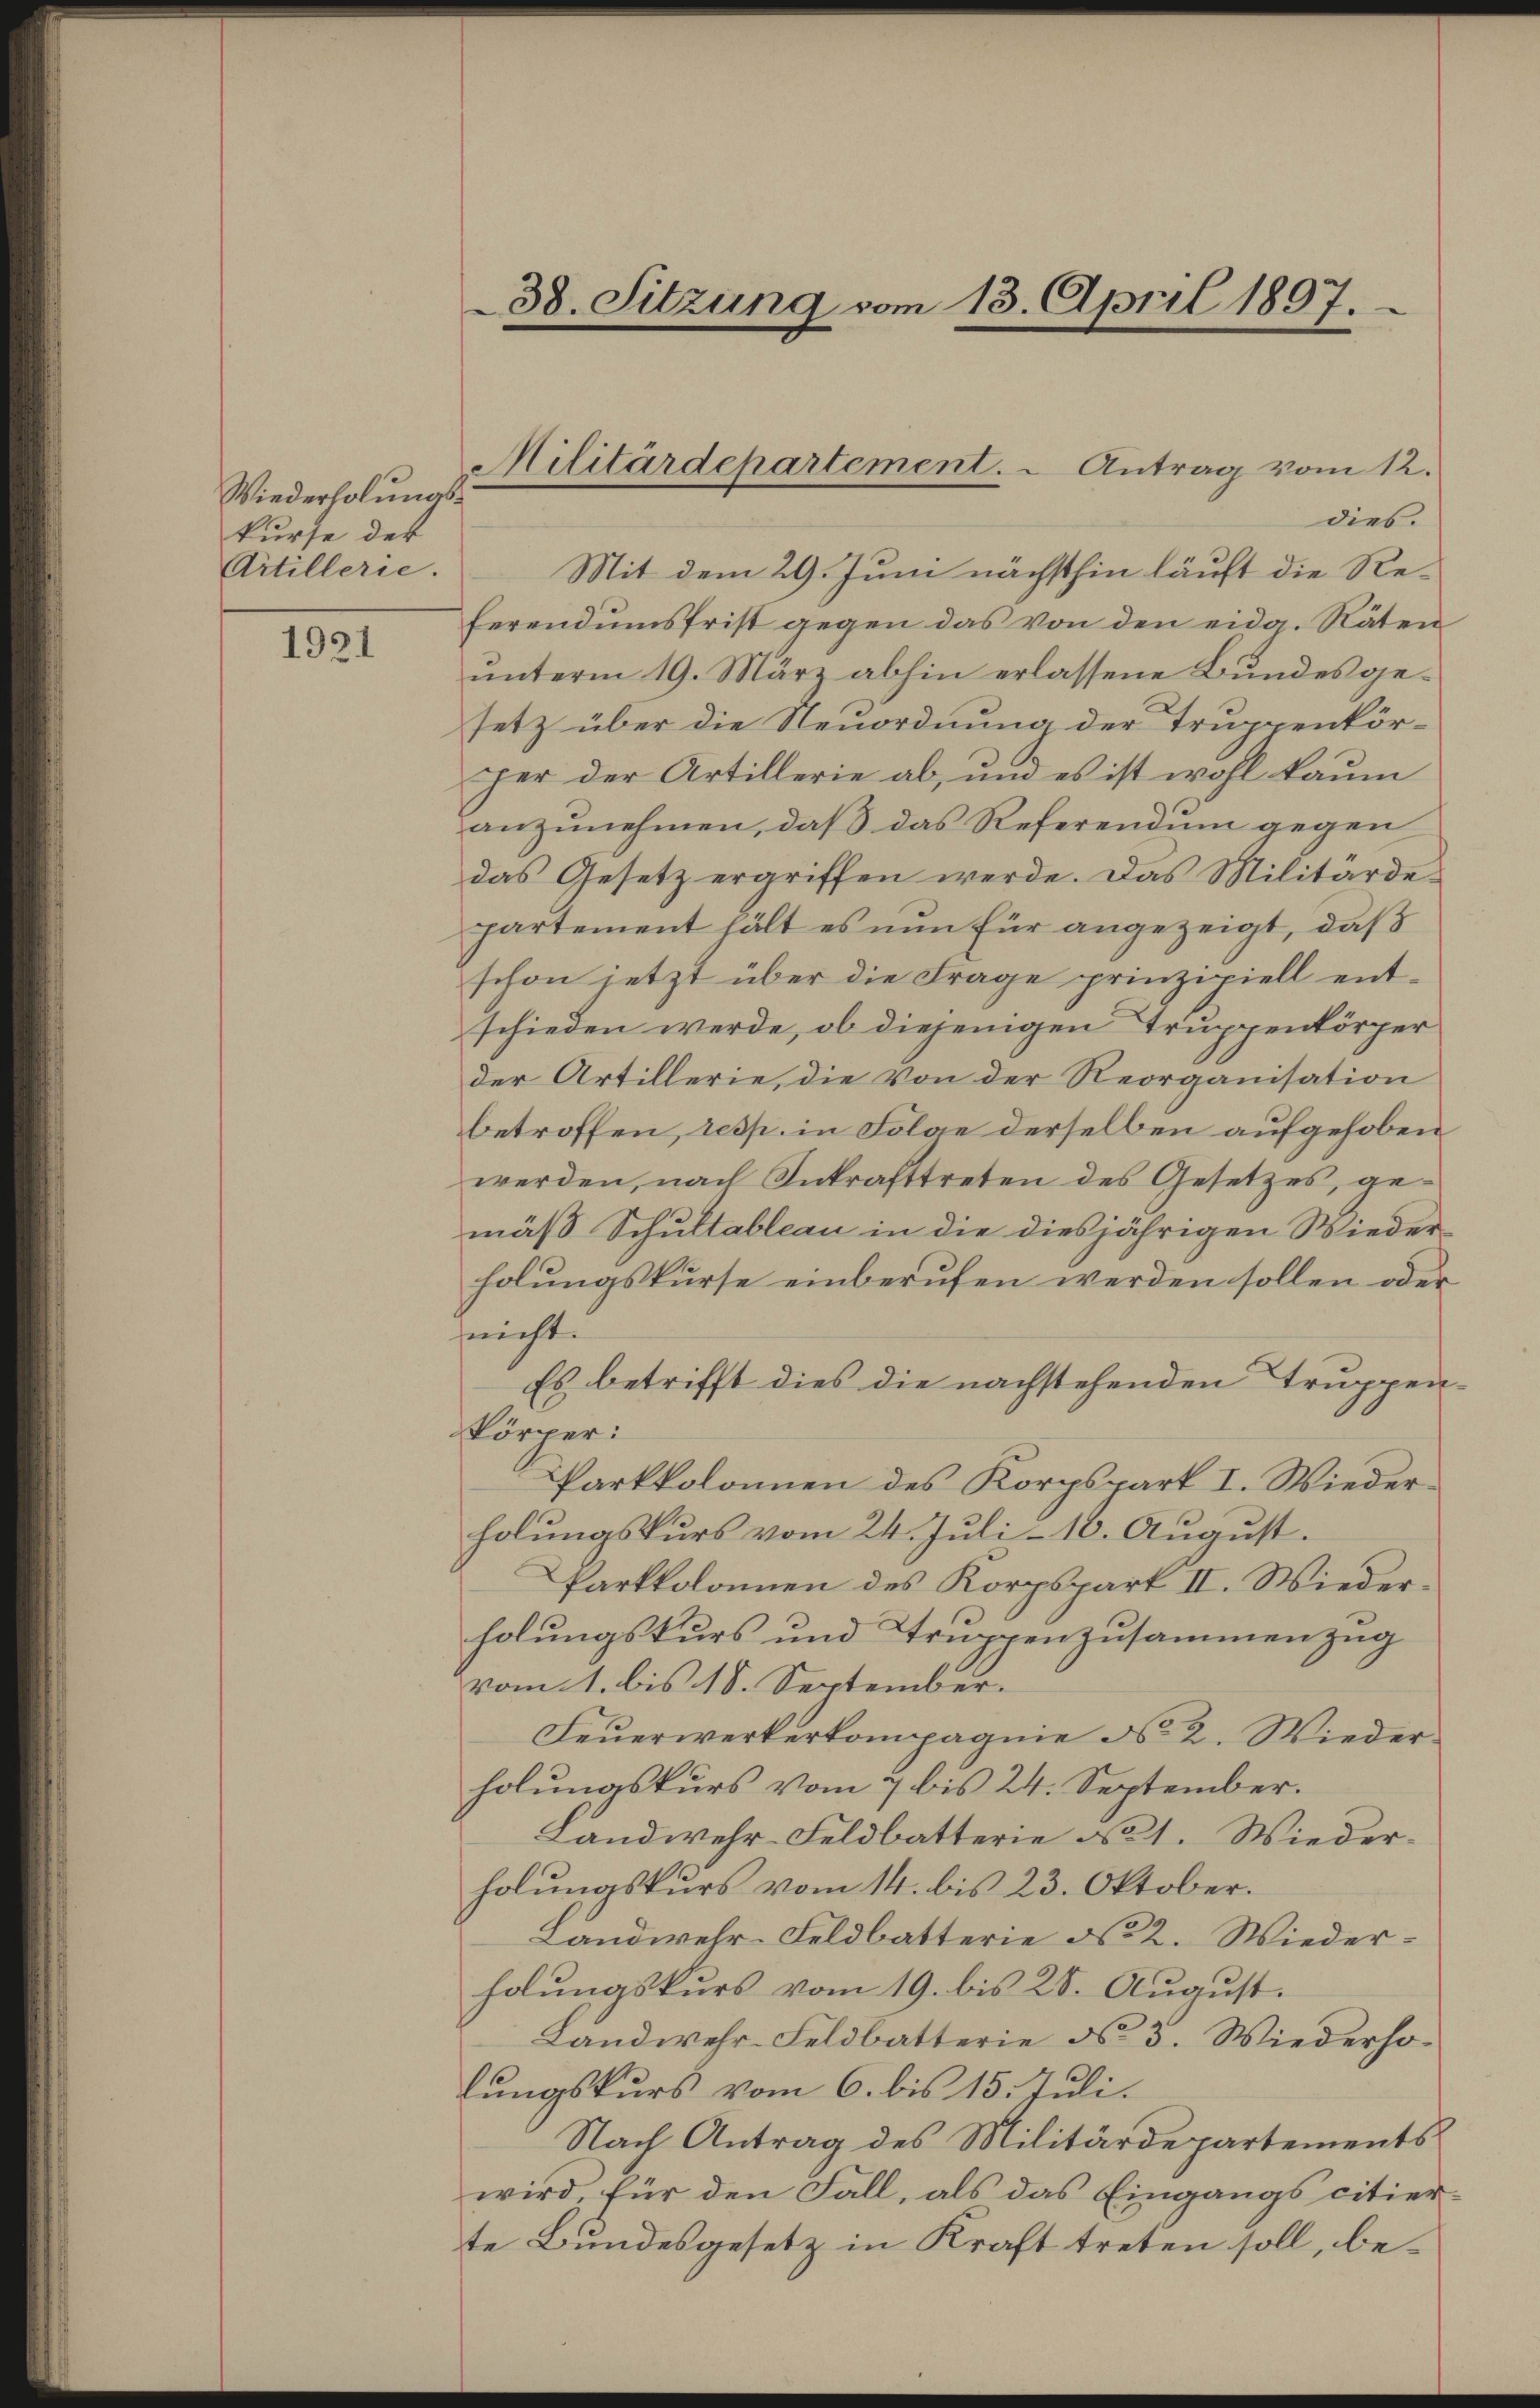
Wiederholungs-
kurse der
Artillerie.

1921

dies.
Mit dem 29. Juni nächsthin läuft die Referendumsfrist gegen das von den eidg. Räten
unterm 19. März abhin erlassene Bundesgesetz über die Neuordnung der Truppenkörper der Artillerie ab, und es ist wohl kaum
anzunehmen, daß das Referendum gegen
das Gesetz ergriffen werde. Das Militärdepartement hält es nun für angezeigt, daß
schon jetzt über die Frage prinzipiell entschieden werde, ob diejenigen Truppenkörper
der Artillerie, die von der Reorganisation
betroffen, resp. in Folge derselben aufgehoben
werden, nach Inkrafttreten des Gesetzes, gemäß Schultableau in die diesjährigen Wieder-
holungskurse einberufen werden sollen oder
sricht.
Es betrifft dies die nachstehenden Truppen-
körper:
Parkkolonien des Korpspart I. Wiederholungskurs vom 24. Juli 18. August.
Parkkolonien des Korpspart II. Wiederholungskurs und Truppenzusammenzug
vom 1. bis 18. September.
Feuerwerkerkompagnie No. 2. Wiederholungskurs vom 7 bis 24. September.
Landwehr-Feldbatterie No 1. Wiederholungskurs vom 14. bis 23. Oktober.
Landwehr-Feldbatterie No 2. Wiederholungskurs vom 19. bis 28. August.
Landwehr-Feldbatterie No. 3. Wiederholungskurs vom 6. bis 15. Juli.
Nach Antrag des Militärdepartements
wird, für den Fall, als das Eingangs citierte Bundesgesetz in Kraft treten soll, be¬

38. Sitzung vom 13. April 1897.

Militärdepartement. Antrag vom 12.